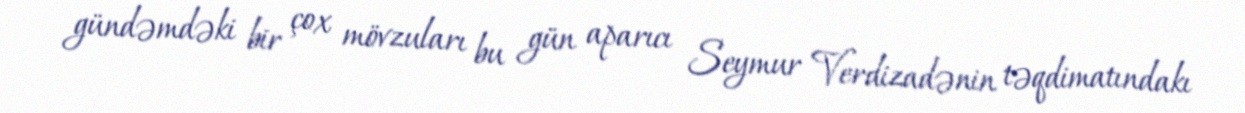
gündəmdəki bir çox mövzuları bu gün aparıcı Seymur Verdizadənin təqdimatındakı